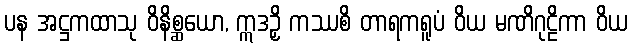
ပန အဋ္ဌကထာသု ဝိနိစ္ဆယော, ဣဒဉှိ ကဿစိ တာရကရူပံ ဝိယ မဏိဂုဠိကာ ဝိယ